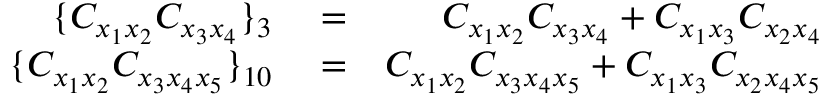
\begin{array} { r l r } { \lbrace C _ { x _ { 1 } x _ { 2 } } C _ { x _ { 3 } x _ { 4 } } \rbrace _ { 3 } } & { { } = } & { C _ { x _ { 1 } x _ { 2 } } C _ { x _ { 3 } x _ { 4 } } + C _ { x _ { 1 } x _ { 3 } } C _ { x _ { 2 } x _ { 4 } } } \\ { \lbrace C _ { x _ { 1 } x _ { 2 } } C _ { x _ { 3 } x _ { 4 } x _ { 5 } } \rbrace _ { 1 0 } } & { { } = } & { C _ { x _ { 1 } x _ { 2 } } C _ { x _ { 3 } x _ { 4 } x _ { 5 } } + C _ { x _ { 1 } x _ { 3 } } C _ { x _ { 2 } x _ { 4 } x _ { 5 } } } \end{array}